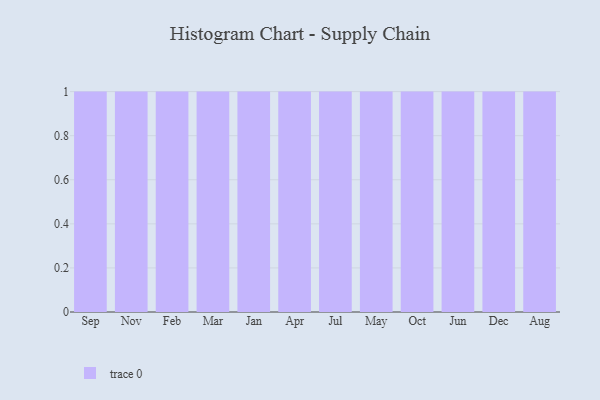
{"axis": {"x": "Month", "y": "Budget (USD K)"}, "legend": [""], "data": [{"x": "Sep", "y": 66, "type": ""}, {"x": "Nov", "y": 17, "type": ""}, {"x": "Feb", "y": 95, "type": ""}, {"x": "Mar", "y": 65, "type": ""}, {"x": "Jan", "y": 84, "type": ""}, {"x": "Apr", "y": 13, "type": ""}, {"x": "Jul", "y": 58, "type": ""}, {"x": "May", "y": 23, "type": ""}, {"x": "Oct", "y": 61, "type": ""}, {"x": "Jun", "y": 40, "type": ""}, {"x": "Dec", "y": 46, "type": ""}, {"x": "Aug", "y": 33, "type": ""}]}